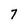
Character: 7